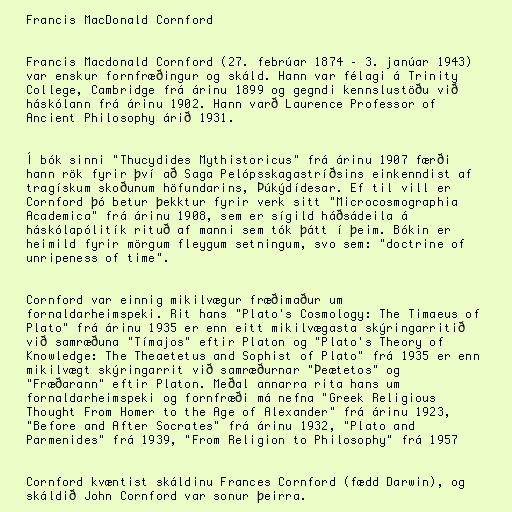
Francis MacDonald Cornford

Francis Macdonald Cornford (27. febrúar 1874 – 3. janúar 1943)
var enskur fornfræðingur og skáld. Hann var félagi á Trinity
College, Cambridge frá árinu 1899 og gegndi kennslustöðu við
háskólann frá árinu 1902. Hann varð Laurence Professor of
Ancient Philosophy árið 1931.

Í bók sinni "Thucydides Mythistoricus" frá árinu 1907 færði
hann rök fyrir því að Saga Pelópsskagastríðsins einkenndist af
tragískum skoðunum höfundarins, Þúkýdídesar. Ef til vill er
Cornford þó betur þekktur fyrir verk sitt "Microcosmographia
Academica" frá árinu 1908, sem er sígild háðsádeila á
háskólapólitík rituð af manni sem tók þátt í þeim. Bókin er
heimild fyrir mörgum fleygum setningum, svo sem: "doctrine of
unripeness of time".

Cornford var einnig mikilvægur fræðimaður um
fornaldarheimspeki. Rit hans "Plato's Cosmology: The Timaeus of
Plato" frá árinu 1935 er enn eitt mikilvægasta skýringarritið
við samræðuna "Tímajos" eftir Platon og "Plato's Theory of
Knowledge: The Theaetetus and Sophist of Plato" frá 1935 er enn
mikilvægt skýringarrit við samræðurnar "Þeætetos" og
"Fræðarann" eftir Platon. Meðal annarra rita hans um
fornaldarheimspeki og fornfræði má nefna "Greek Religious
Thought From Homer to the Age of Alexander" frá árinu 1923,
"Before and After Socrates" frá árinu 1932, "Plato and
Parmenides" frá 1939, "From Religion to Philosophy" frá 1957

Cornford kvæntist skáldinu Frances Cornford (fædd Darwin), og
skáldið John Cornford var sonur þeirra.